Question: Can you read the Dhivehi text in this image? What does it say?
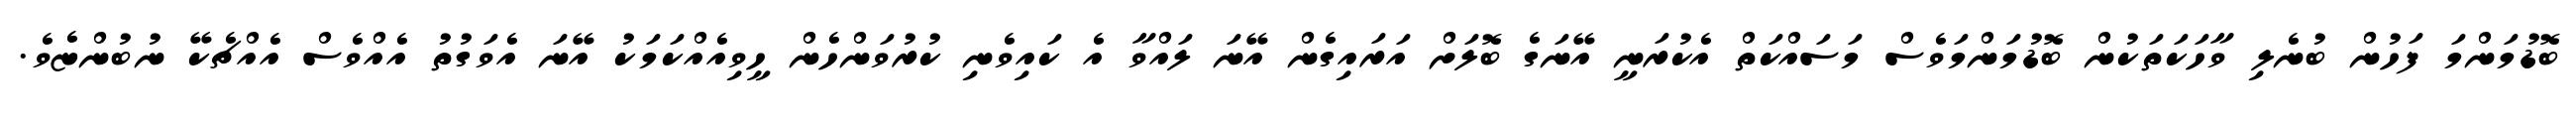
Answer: ބޮޑުމަންމަ ފަހުން ބުނެލި ވާހަކަތަކުން ބޮޑުމަންމަވެސް މަސައްކަތް އެކުރަނީ އޭނަގެ ބޮލަށް އަރައިގެން އޭނަ ލައްވާ އެ ކައިވެނި ކުރުވަންހެން ހީވިއެއްކަމަކު އޭނަ އެވަގުތު އެއްވެސް އެއްޗެކޭ ނުބުންޏެވެ.